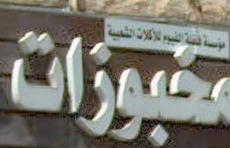
مقبورات